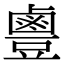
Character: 𪉣